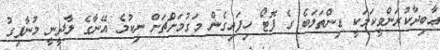
ޢާބިދާކުރަންވީކަމަކީ ޑިންތަލަބެ ގެ ފޮޓޯ ހިފައިގެން މަގުމަށްޗަށް ނިކުމެ އޭނާގެ ލާދީނީ މުނާފިގު